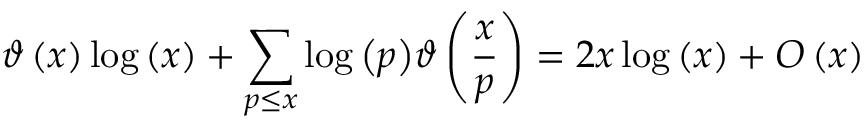
\vartheta \left( x \right) \log \left( x \right) + \sum _ { p \leq x } { \log \left( p \right) } \vartheta \left( { \frac { x } { p } } \right) = 2 x \log \left( x \right) + O \left( x \right)